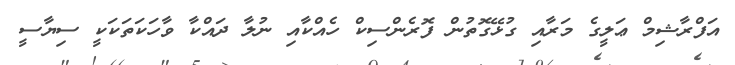
އަފްރާޝިމް ޢަލީގެ މަރާއި ގުޅޭގޮތުން ފޮރެންސިކް ހެއްކާއި ނުލާ ދައްކާ ވާހަކަތަކަކީ ސިޔާސީ